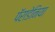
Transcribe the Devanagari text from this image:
पॅराडेनिया